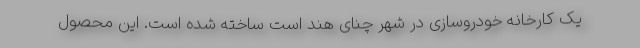
یک کارخانه خودروسازی در شهر چنای هند است ساخته شده است. این محصول